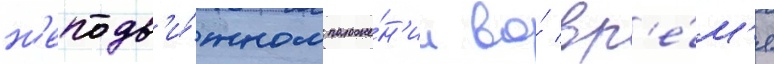
н'еподв'и́жном положе́н'ии во́ вр'е́м'я